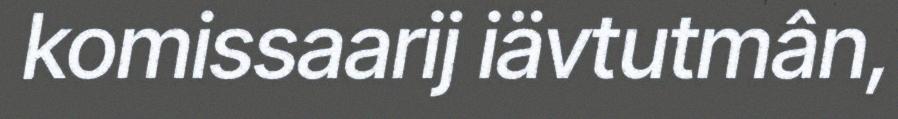
komissaarij iävtutmân,